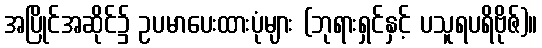
အပြိုင်အဆိုင်၌ ဥပမာပေးထားပုံများ (ဘုရားရှင်နှင့် ပသူရပရိဗိုဇ်)။